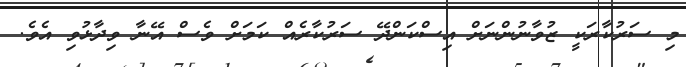
މި ސަރުކާރަކީ ޒުވާނުންނަށް އިސްކަންދޭ ސަރުކާރެއް ކަމަށް ވެސް އޭނާ ވިދާޅުވި އެވެ.